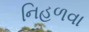
નિહળવા